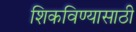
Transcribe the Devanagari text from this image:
शिकविण्‍यासाठी